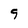
Character: 9